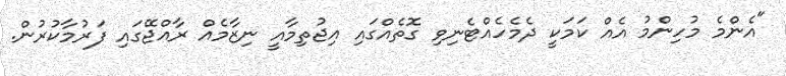
"އެންމެ މުހިންމު އެއް ކަމަކީ ދެމެހެއްޓެނިވި ގޮތެއްގައި އިޖުތިމާއީ ނިޒާމެއް ރާއްޖޭގައި ފަރުމާކުރުން.